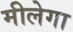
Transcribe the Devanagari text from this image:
मीलेगा